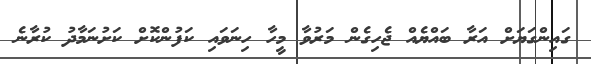
ގައިންގަޔަށް އަރާ ބައްޔެއް ޖެހިގެން މަރުވާ މީހާ ހިނަވައި ކަފުންކޮށް ކަށުނަމާދު ކުރާނެ